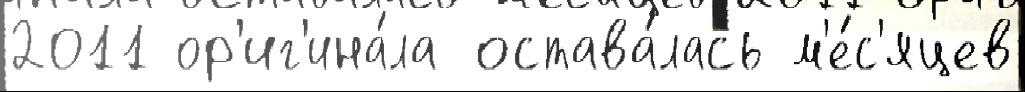
2011 ор'иг'ина́ла остава́лась м'е́с'яцев